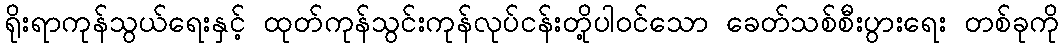
ရိုးရာကုန်သွယ်ရေးနှင့် ထုတ်ကုန်သွင်းကုန်လုပ်ငန်းတို့ပါဝင်သော ခေတ်သစ်စီးပွားရေး တစ်ခုကို